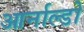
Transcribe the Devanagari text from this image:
आर्नाल्डो